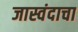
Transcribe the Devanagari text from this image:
जास्वंदाचा